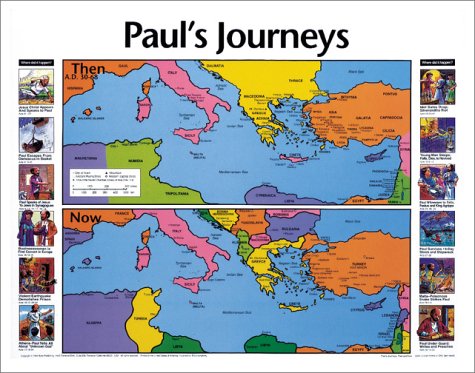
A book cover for Paul's Journeys Then and Now; Christian Books & Bibles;